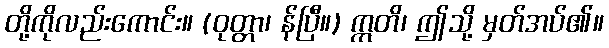
တို့ကိုလည်းကောင်း။ (ဝုတ္တာ၊ န်ပြီ။) ဣတိ၊ ဤသို့ မှတ်အပ်၏။